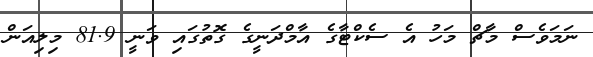
ނަމަވެސް މާޗް މަހު އެ ސެކްޓާގެ އާމްދަނީގެ ގޮތުގައި ވަނީ 81.9 މިލިއަން